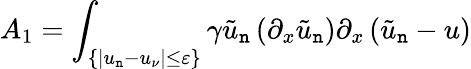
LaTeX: A_{1}=\int_{\{ |u_{\mathtt{n}}-u_{\nu}|\leq\varepsilon\} }\gamma\tilde{{u}}_{\mathtt{n}}\left(\partial_{x}\tilde{{u}}_{\mathtt{n}}\right)\partial_{x}\left(\tilde{{u}}_{\mathtt{n}}-u\right)